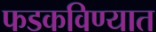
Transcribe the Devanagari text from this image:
फडकविण्यात